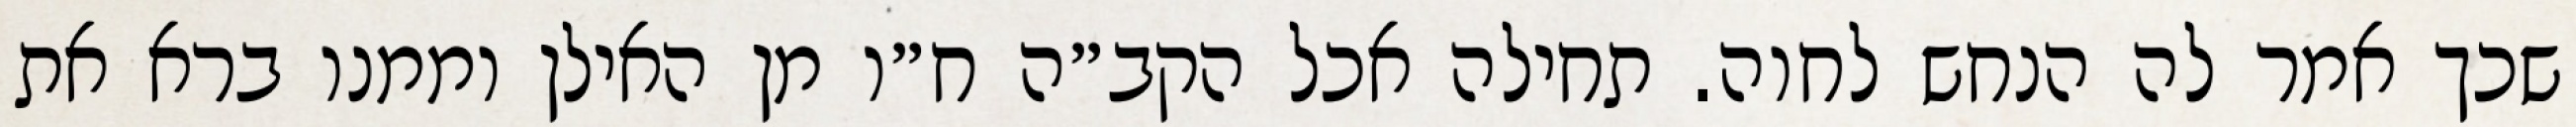
שכך אמר לה הנחש לחוה. תחילה אכל הקב״ה ח״ו מן האילן וממנו ברא את